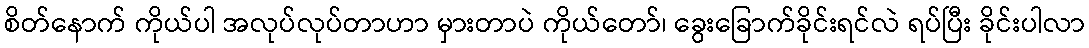
စိတ်နောက် ကိုယ်ပါ အလုပ်လုပ်တာဟာ မှားတာပဲ ကိုယ်တော်၊ ခွေးခြောက်ခိုင်းရင်လဲ ရပ်ပြီး ခိုင်းပါလာ